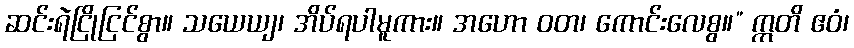
ဆင်းရဲငြိုငြင်စွာ။ သယေယျ၊ အိပ်ရပါမူကား။ အဟော ဝတ၊ ကောင်းလေစွ။” ဣတိ ဧဝံ၊